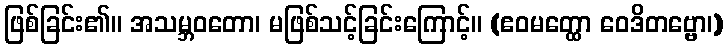
ဖြစ်ခြင်း၏။ အသမ္ဘဝတော၊ မဖြစ်သင့်ခြင်းကြောင့်။ (ဧဝမတ္ထော ဝေဒိတဗ္ဗော၊)